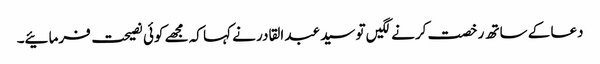
دعا کے ساتھ رخصت کرنے لگیں تو سید عبد القادر نے کہا کہ مجھے کوئی نصیحت فرمائیے۔